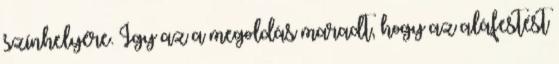
színhelyére. Így az a megoldás maradt, hogy az aláfestést